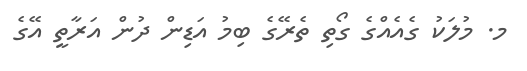
މ. މުލަކު ގެއެއްގެ ގޯތި ތެރޭގެ ބިމު އަޑިން ދުން އަރާތީ އޭގެ